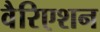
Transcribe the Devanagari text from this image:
वैरिएशन